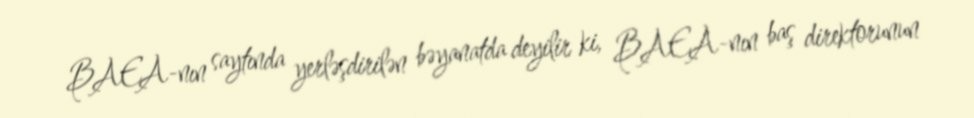
BAEA-nın saytında yerləşdirilən bəyanatda deyilir ki, BAEA-nın baş direktorunun